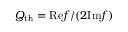
Q _ { \mathrm { t h } } = \mathrm { R e } f / ( 2 \mathrm { I m } f )